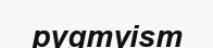
pygmyism